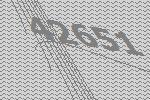
42651